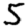
Digit: 5